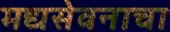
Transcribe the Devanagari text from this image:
मद्यसेवनाचा